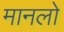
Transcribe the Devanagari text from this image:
मानलो